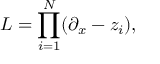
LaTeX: L = \prod _ { i = 1 } ^ { N } ( \partial _ { x } - z _ { i } ) ,